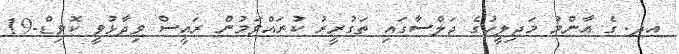
އދ. ގެ އާންމު މަޖިލީހުގެ ޖަލްސާގައި ތަގުރީރު ކުރައްވަމުން ރައީސް ވިދާޅުވީ ކޮވިޑް-19